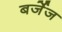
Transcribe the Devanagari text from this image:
बर्जेज